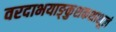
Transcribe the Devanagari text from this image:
वरदाभयाङ्कुशकशाशूलं